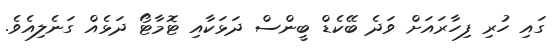
ގައި ހުރި ފިހާރައަށް ވަދެ ބޭކެޑް ބީންސް ދަޅަކާއި ޓޮމާޓޯ ދަޅެއް ގަނެލިއެވެ.